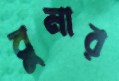
বুনার